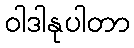
ဝါဒါနုပါတာ